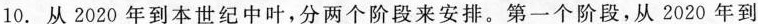
10.从2020年到本世纪中叶，分两个阶段来安排。第一个阶段，从2020年到